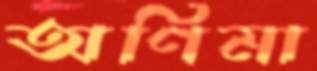
অণিমা